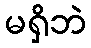
မရှိဘဲ